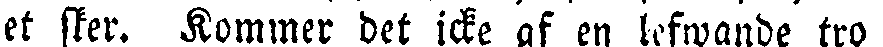
det sker. Kommer det icke af en lefwande tro